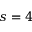
s = 4